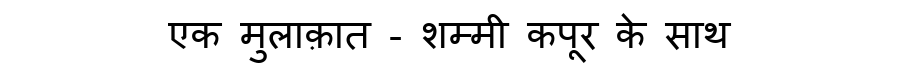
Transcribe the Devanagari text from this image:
एक मुलाक़ात - शम्मी कपूर के साथ